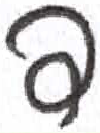
אות: ד